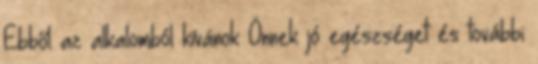
Ebből az alkalomból kívánok Önnek jó egészséget és további